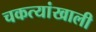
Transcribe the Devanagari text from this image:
चकत्यांखाली